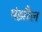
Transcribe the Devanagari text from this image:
मंझौल